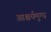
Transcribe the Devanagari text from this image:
आश्चर्यमुग्ध